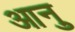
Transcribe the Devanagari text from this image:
आनु